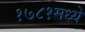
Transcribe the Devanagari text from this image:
१७८१मध्ये